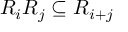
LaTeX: R _ { i } R _ { j } \subseteq R _ { i + j }